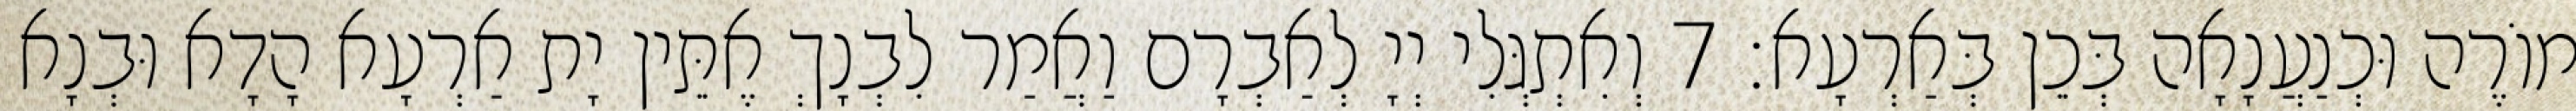
מוֹרֶה וּכְנַעֲנָאָה בְּכֵן בְּאַרְעָא׃ 7 וְאִתְגְּלִי יְיָ לְאַבְרָם וַאֲמַר לִבְנָךְ אֶתֵּין יָת אַרְעָא הָדָא וּבְנָא